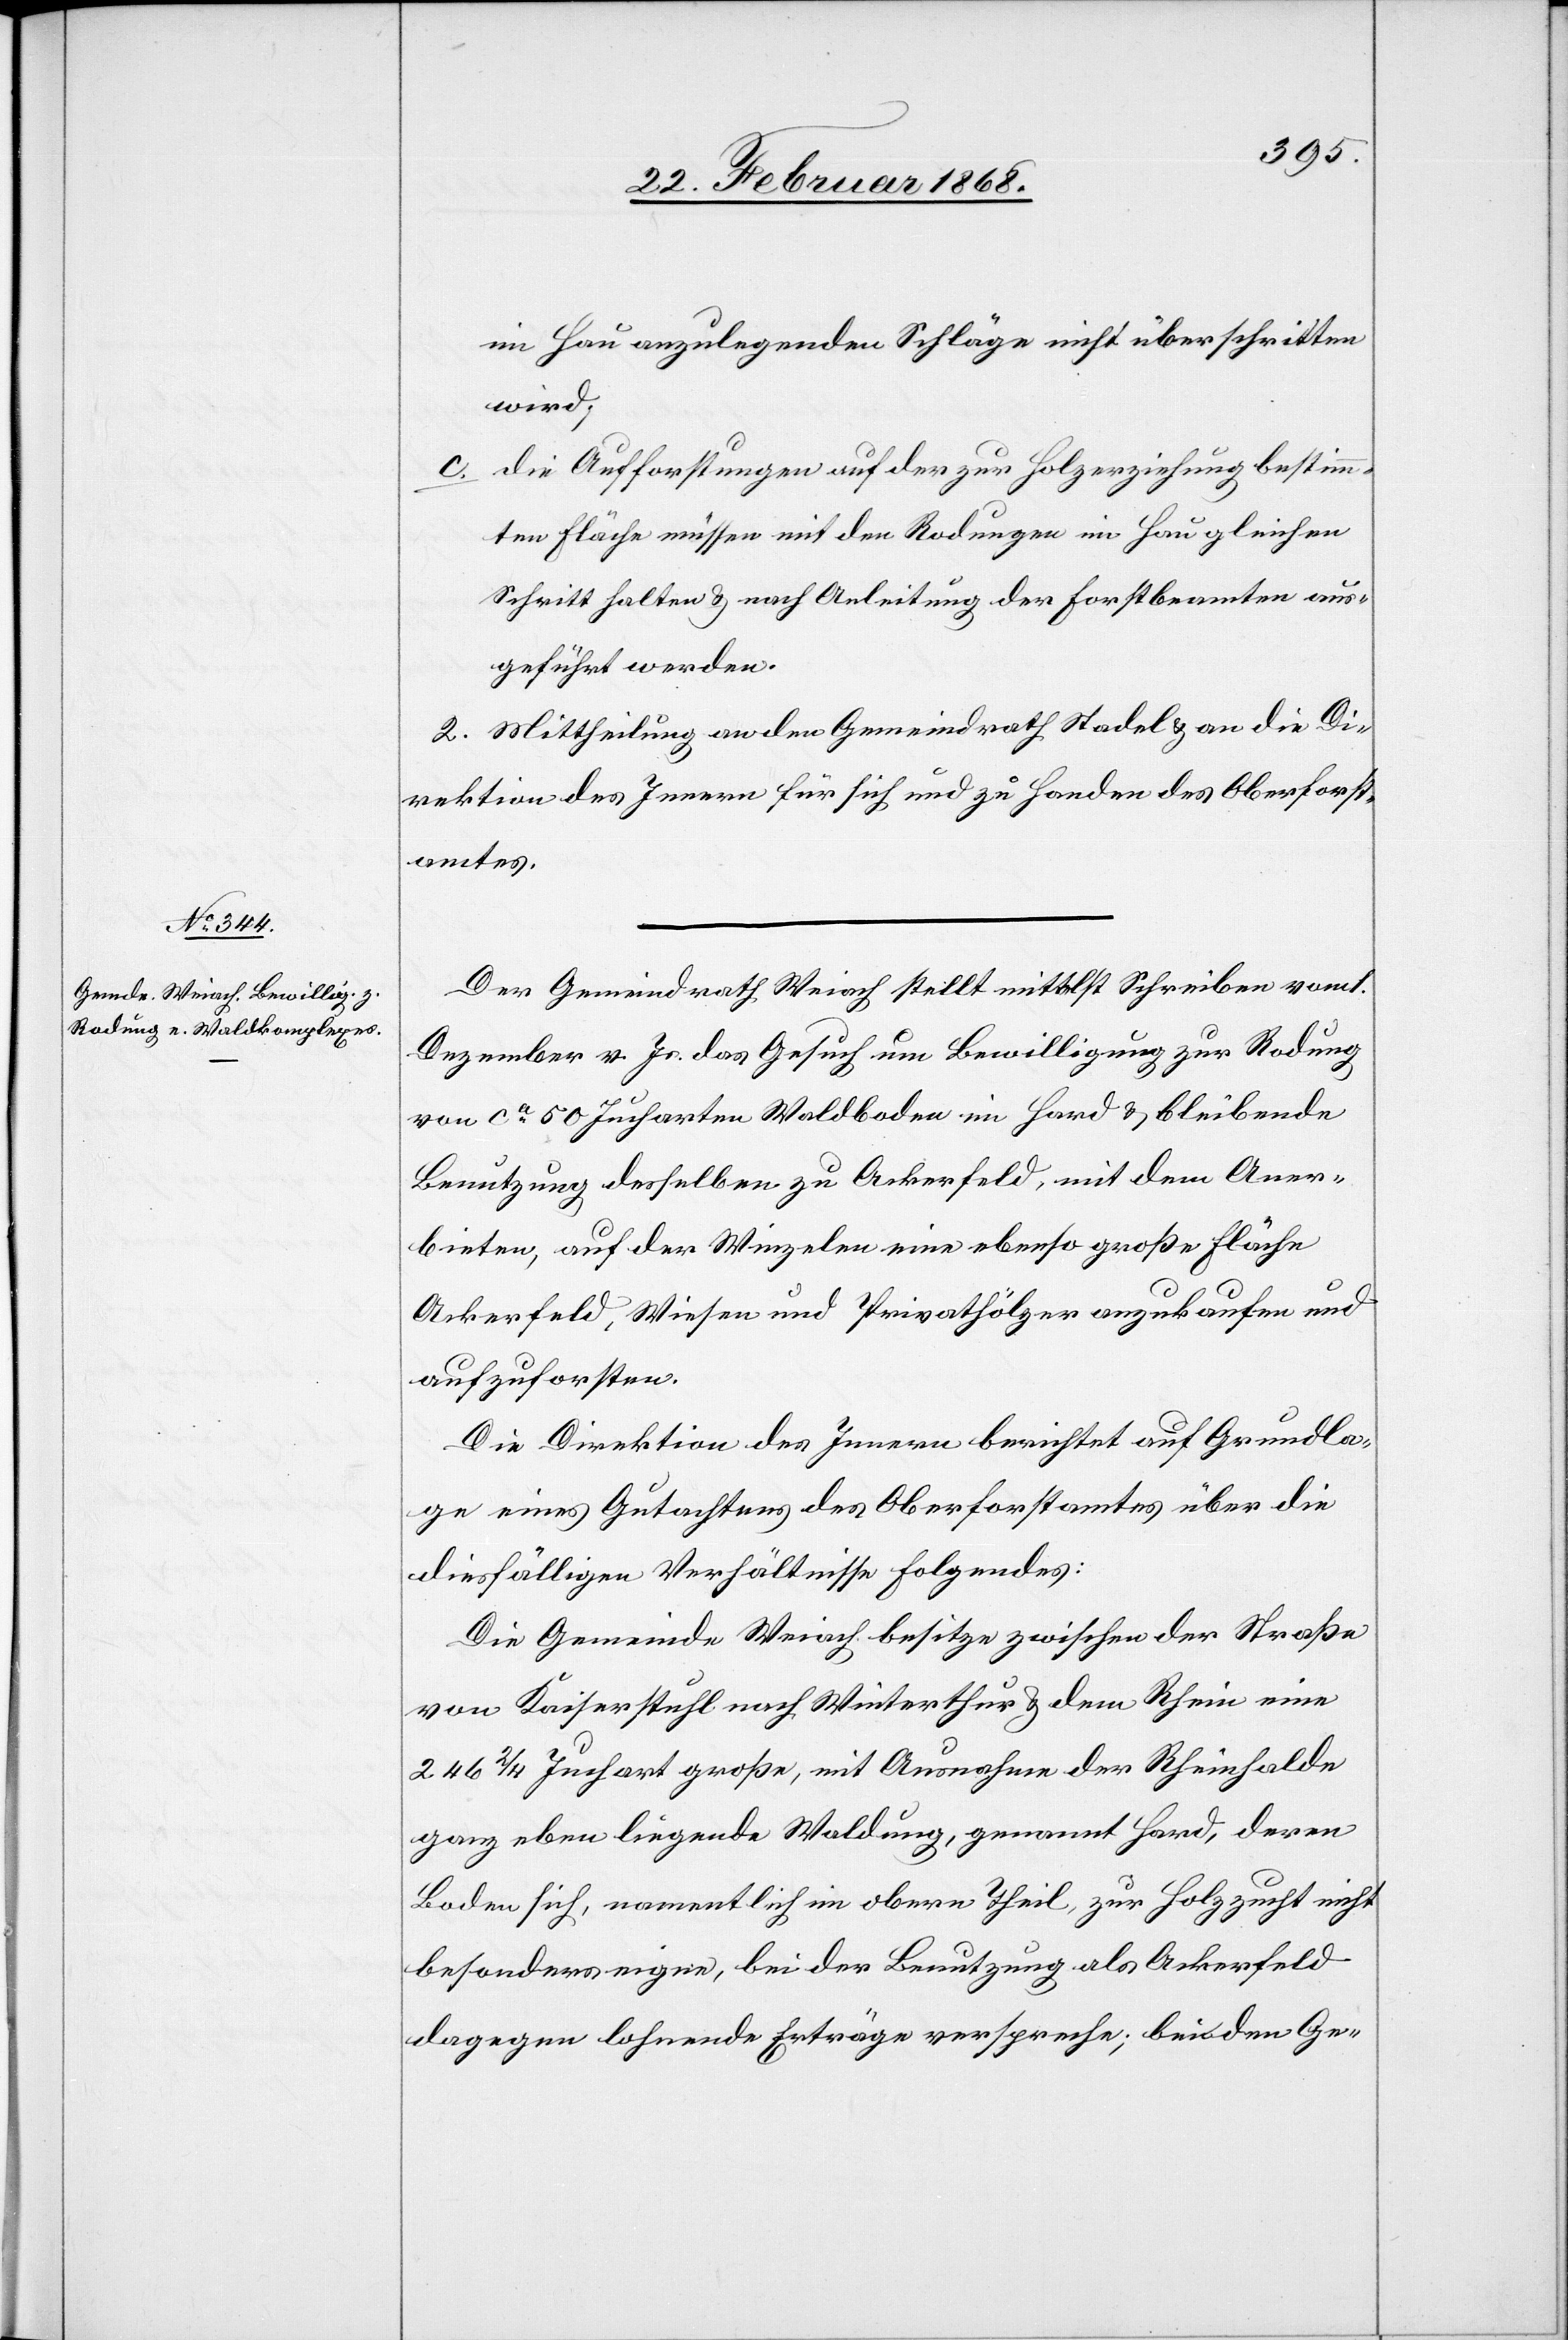
im Hau anzulegenden Schläge nicht überschritten
wird;
die Aufforstungen auf der zur Holzerziehung bestimm¬
ten Fläche müssen mit den Rodungen im Hau gleichen
Schritt halten & nach Anleitung der Forstbeamten aus¬
geführt werden.
2. Mittheilung an den Gemeindrath Stadel & an die Di¬
rektion des Innern für sich und zu Handen des Oberforst¬
amtes.
Der Gemeindrath Weiach stellt mittelst Schreiben vom 1.
Dezember v. Js. das Gesuch um Bewilligung zur Rodung
von ca. 50 Jucharten Waldboden im Hard & bleibende
Benutzung desselben zu Ackerfeld, mit dem Aner¬
bieten, auf der Winzelen eine ebenso große Fläche
Ackerfeld, Wiesen und Privathölzer anzukaufen und
aufzuforsten.
Die Direktion des Innern berichtet auf Grundla¬
ge eines Gutachtens des Oberforstamtes über die
diesfälligen Verhältnisse Folgendes:
Die Gemeinde Weiach besitze zwischen der Straße
von Kaiserstuhl nach Winterthur & dem Rhein eine
246 2/4 Juchart große, mit Ausnahme der Rheinhalde
ganz eben liegende Waldung, genannt Hard, deren
Boden sich, namentlich im obern Theil, zur Holzzucht nicht
besonders eigne, bei der Benutzung als Ackerfeld
dagegen lohnende Erträge verspreche; bei den Ge-